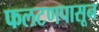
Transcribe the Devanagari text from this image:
फलटणपासून